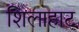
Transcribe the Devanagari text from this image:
शिलाहाट